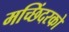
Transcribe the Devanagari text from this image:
मच्छिंदरको